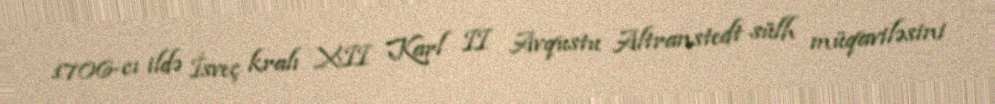
1706-cı ildə İsveç kralı XII Karl II Avqustu Altranstedt sülh müqaviləsini